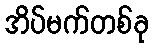
အိပ်မက်တစ်ခု